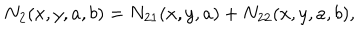
LaTeX: N _ { 2 } ( x , y , a , b ) = N _ { 2 1 } ( x , y , a ) + N _ { 2 2 } ( x , y , a , b ) ,